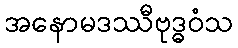
အနောမဒဿီဗုဒ္ဓဝံသ